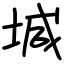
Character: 堿